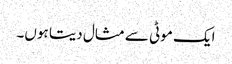
ایک موٹی سے مثال دیتا ہوں۔